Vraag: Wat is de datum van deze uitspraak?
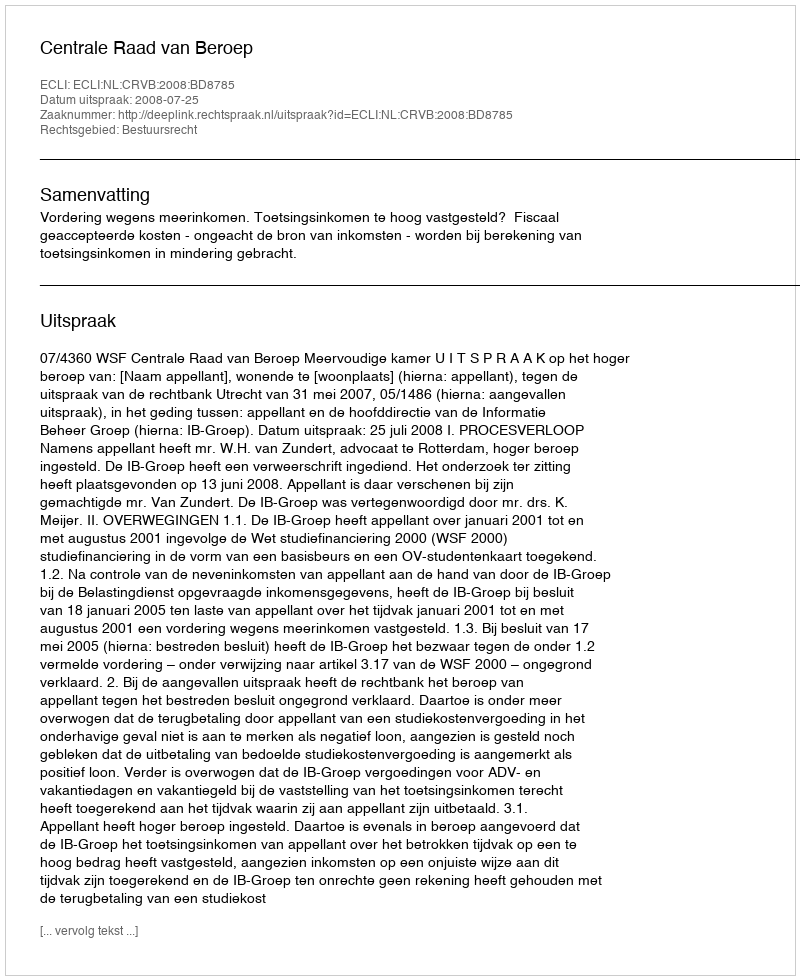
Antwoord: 2008-07-25